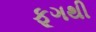
ફૂગથી